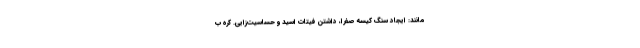
مانند: ایجاد سنگ کیسه صفرا، داشتن فیتات اسید و حساسیت‌زایی. کره ب